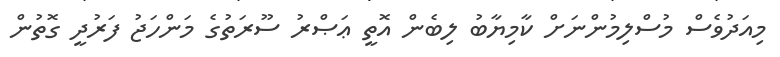
މިއަދުވެސް މުސްލިމުންނަށް ކާމިޔާބު ލިބެން އޮތީ ޢަޞްރު ސޫރަތުގެ މަންހަޖު ފަރުދީ ގޮތުން